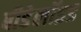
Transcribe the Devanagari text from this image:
बीडेलॉइड